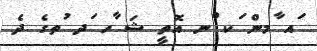
ައ ާމން ަކ ްނ އޮތީ ޝަ ާހ ަދ ުތގެ ދެ